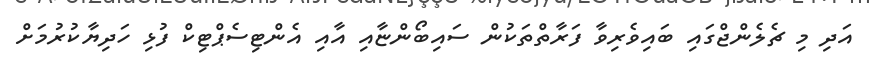
އަދި މި ޗެލެންޖްގައި ބައިވެރިވާ ފަރާތްތަކުން ސައިބޯންޏާއި އާއި އެންޓިސެޕްޓިކް ފުޅި ހަދިޔާކުރުމަށް